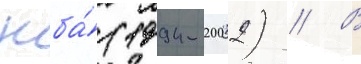
нба́ (1994-2002) // В